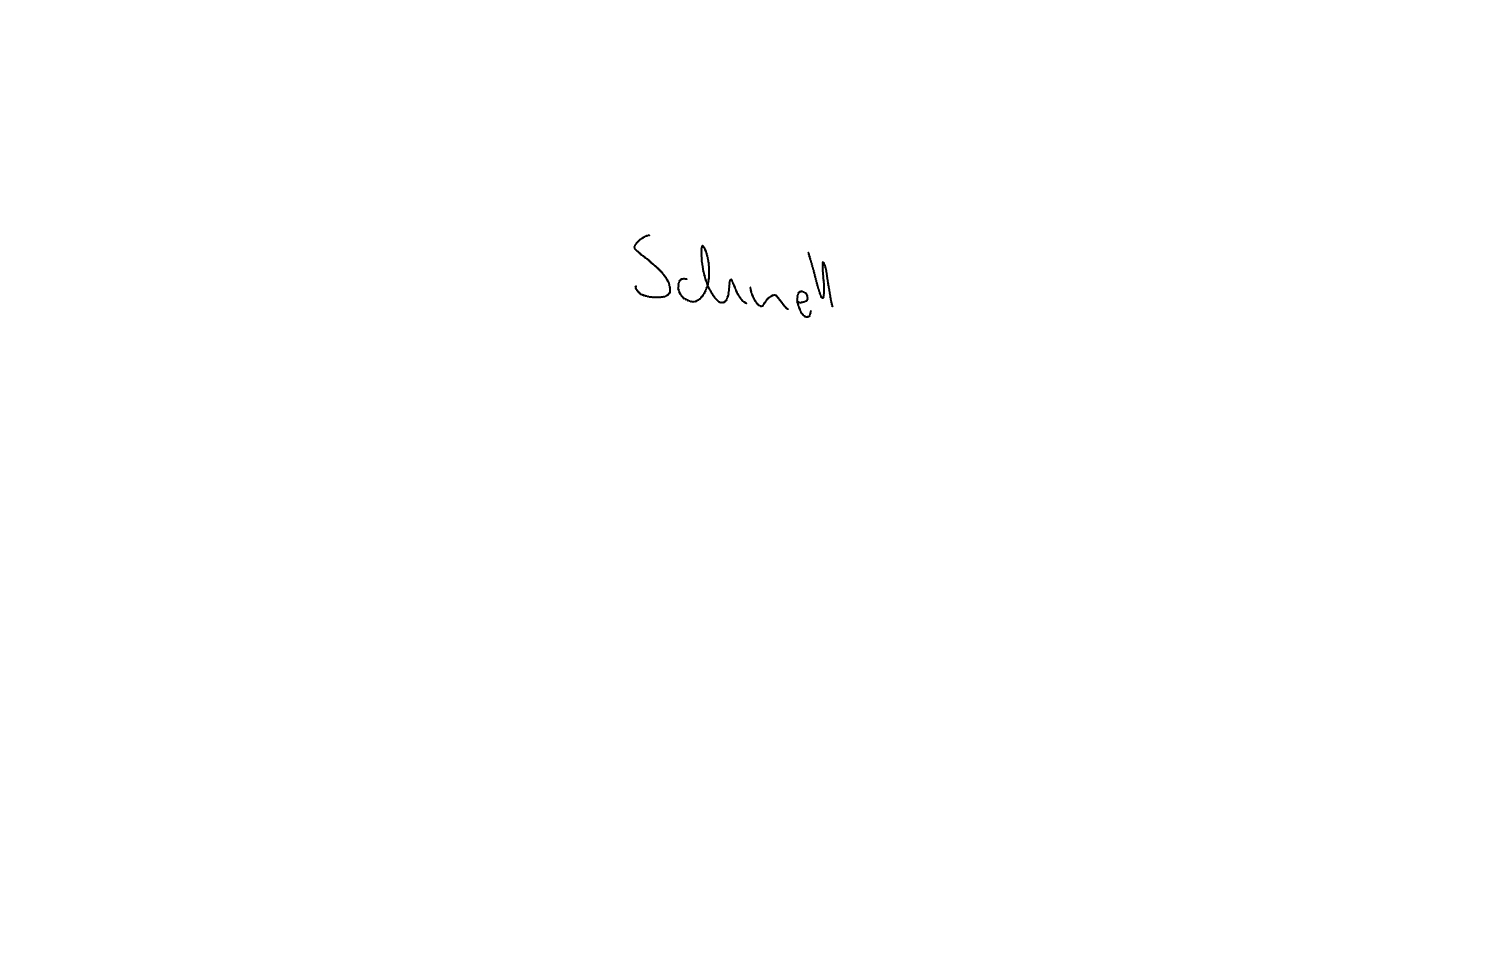
Text: Schnell